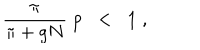
\frac { \pi } { \pi + g N } \; p \; \; < \; \; 1 \; ,